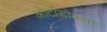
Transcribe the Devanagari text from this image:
ओर्टोडोक्सो